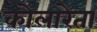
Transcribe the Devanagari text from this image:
कोलारेता